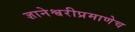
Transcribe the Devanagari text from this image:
ज्ञानेश्वरीप्रमाणेच